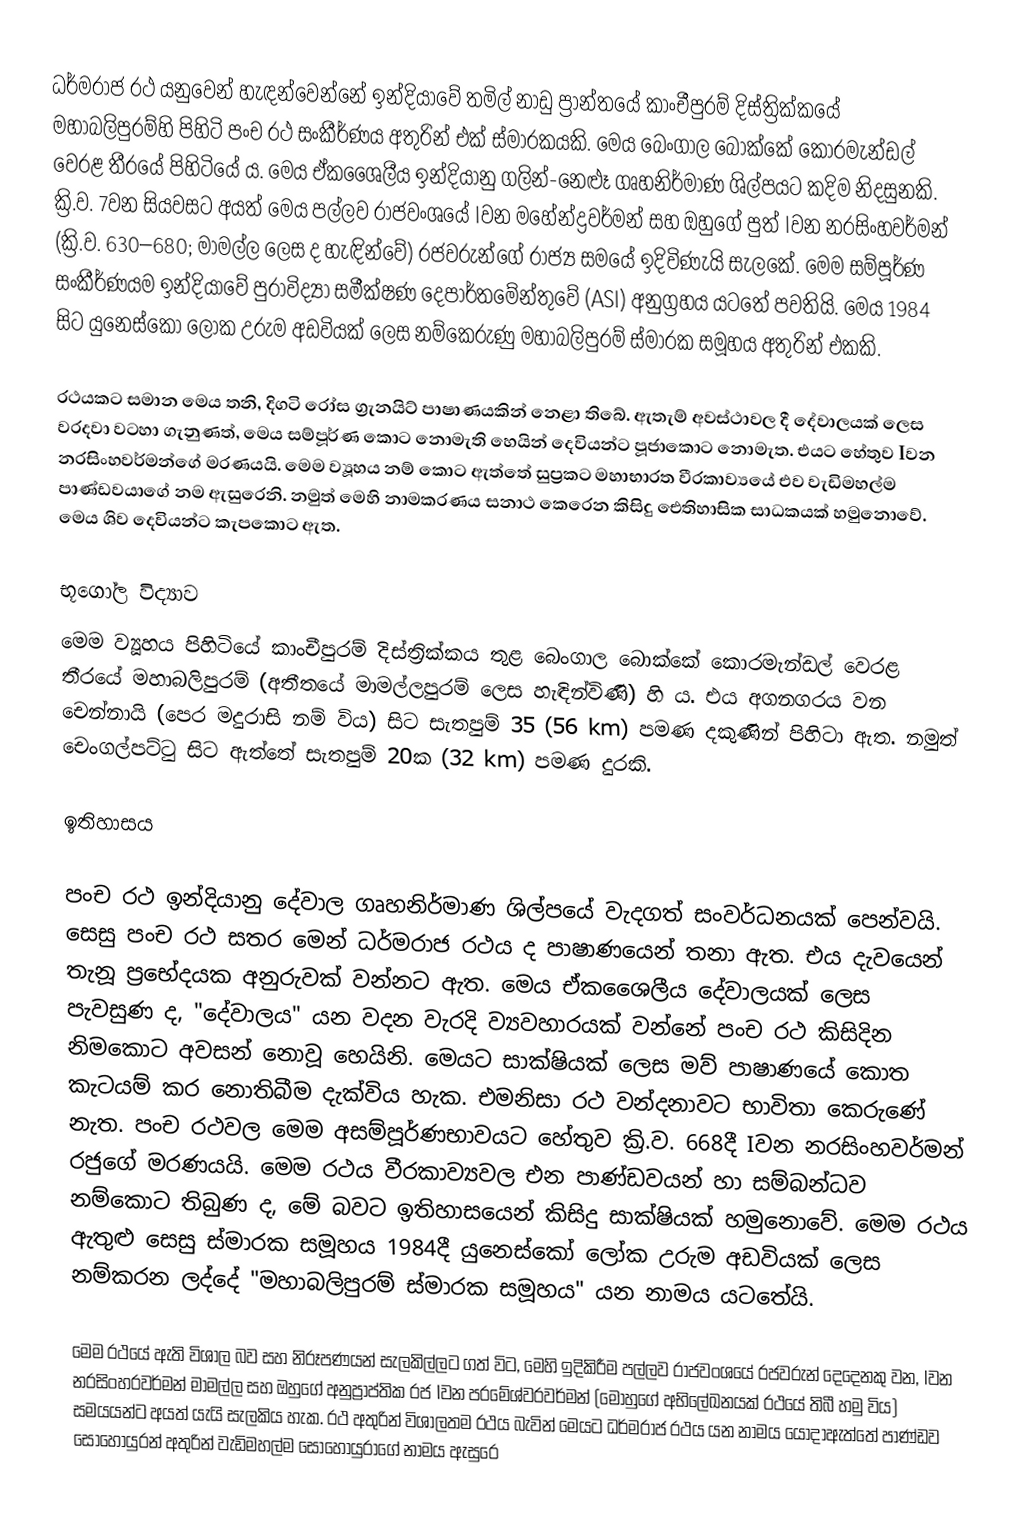
ධර්මරාජ රථ යනුවෙන් හැඳන්වෙන්නේ ඉන්දියාවේ තමිල් නාඩු ප්‍රාන්තයේ කාංචීපුරම් දිස්ත්‍රික්කයේ මහාබලිපුරම්හි පිහිටි පංච රථ සංකීර්ණය අතුරින් එක් ස්මාරකයකි. මෙය බෙංගාල බොක්කේ කොරමැන්ඩල් වෙරළ තීරයේ පිහිටියේ ය. මෙය ඒකශෛලීය ඉන්දියානු ගලින්-නෙළූ ගෘහනිර්මාණ ශිල්පයට කදිම නිදසුනකි. ක්‍රි.ව. 7වන සියවසට අයත් මෙය පල්ලව රාජවංශයේ Iවන මහේන්ද්‍රවර්මන් සහ ඔහුගේ පුත් Iවන නරසිංහවර්මන් (ක්‍රි.ව‍. 630–680; මාමල්ල ලෙස ද හැඳින්වේ) රජවරුන්ගේ රාජ්‍ය සමයේ ඉදිවිණැයි සැලකේ. මෙම සම්පූර්ණ සංකීර්ණයම ඉන්දියාවේ පුරාවිද්‍යා සමීක්ෂණ දෙපාර්තමේන්තුවේ (ASI) අනුග්‍රහය යටතේ පවතියි. මෙය 1984 සිට යුනෙස්කෝ ලෝක උරුම අඩවියක් ලෙස නම්කෙරුණු මහාබලිපුරම් ස්මාරක සමූහය අතුරින් එකකි.

රථයකට සමාන මෙය තනි, දිගටි රෝස ග්‍රැනයිට් පාෂාණයකින් නෙළා තිබේ. ඇතැම් අවස්ථාවල දී දේවාලයක් ලෙස වරදවා වටහා ගැනුණත්, මෙය සම්පූර්ණ කොට නොමැති හෙයින් දෙවියන්ට පූජාකොට නොමැත. එයට හේතුව Iවන නරසිංහවර්මන්ගේ මරණයයි. මෙම ව්‍යූහය නම්‍ කොට ඇත්තේ සුප්‍රකට මහාභාරත වීරකාව්‍යයේ එව වැඩිමහල්ම පාණ්ඩවයාගේ නම ඇසුරෙනි. නමුත් මෙහි නාමකරණය සනාථ කෙරෙන කිසිදු ඓතිහාසික සාධකයක් හමුනොවේ. මෙය ශිව දෙවියන්ට කැපකොට ඇත.

භූගෝල විද්‍යාව
මෙම ව්‍යූහය පිහිටියේ කාංචීපුරම් දිස්ත්‍රික්කය තුළ බෙංගාල බොක්කේ කොරමැන්ඩල් වෙරළ තීරයේ මහාබලිපුරම් (අතීතයේ මාමල්ලපුරම් ලෙස හැඳින්විණි) හි ය. එය අගනගරය වන චෙන්නායි (පෙර මදුරාසි නම් විය) සිට සැතපුම් 35 (56 km) පමණ දකුණින් පිහිටා ඇත. නමුත් චෙංගල්පට්ටු සිට ඇත්තේ සැතපුම් 20ක (32 km) පමණ දුරකි.

ඉතිහාසය

පංච රථ ඉන්දියානු දේවාල ගෘහනිර්මාණ ශිල්පයේ වැදගත් සංවර්ධනයක් පෙන්වයි. සෙසු පංච රථ සතර මෙන් ධර්මරාජ රථය ද පාෂාණයෙන් තනා ඇත. එය දැවයෙන් තැනූ ප්‍රභේදයක අනුරුවක් වන්නට ඇත. මෙය ඒකශෛලීය දේවාලයක් ලෙස පැවසුණ ද, "දේවාලය" යන වදන වැරදි ව්‍යවහාරයක් වන්නේ පංච රථ කිසිදින නිමකොට අවසන් නොවූ හෙයිනි. මෙයට සාක්ෂියක් ලෙස මව් පාෂාණයේ කොත කැටයම් කර නොතිබීම දැක්විය හැක. එමනිසා රථ වන්දනාවට භාවිතා කෙරුණේ නැත. පංච රථවල මෙම අසම්පූර්ණභාවයට හේතුව ක්‍රි.ව. 668දී Iවන නරසිංහවර්මන් රජුගේ මරණයයි. මෙම රථය වීරකාව්‍යවල එන පාණ්ඩවයන් හා සම්බන්ධව නම්කොට තිබුණ ද, මේ බවට ඉතිහාසයෙන් කිසිදු සාක්ෂියක් හමුනොවේ. මෙම රථය ඇතුළු සෙසු ස්මාරක සමූහය 1984දී යුනෙස්කෝ ලෝක උරුම අඩවියක් ලෙස නම්කරන ලද්දේ "මහාබලිපුරම් ස්මාරක සමූහය" යන නාමය යටතේයි.

මෙම රථයේ ඇති විශාල බව සහ නිරූපණයන් සැලකිල්ලට ගත් විට, මෙහි ඉදිකිරීම පල්ලව රාජවංශයේ රජවරුන් දෙදෙනකු වන, Iවන නරසිංහරවර්මන් මාමල්ල සහ ඔහුගේ අනුප්‍රාප්තික රජ Iවන පරමේශ්වරවර්මන් (මොහුගේ අභිලේඛනයක් රථයේ තිබී හමු විය) සමයයන්ට අයත් යැයි සැලකිය හැක. රථ අතුරින් විශාලතම රථය බැවින් මෙයට ධර්මරාජ රථය යන නාමය යොදාඇත්තේ පාණ්ඩව සොහොයුරන් අතුරින් වැඩිමහල්ම සොහොයුරාගේ නාමය ඇසුරෙ